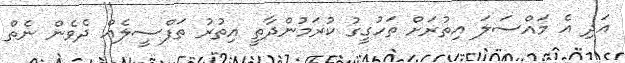
އަދި އެ މައްސަލަ އިތުރަށް ތަހުގީގު ކުރަމުންދާތީ އިތުރު ތަފްސީލެއް ދެވެން ނެތް